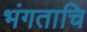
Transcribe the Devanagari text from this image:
भंगताचि